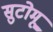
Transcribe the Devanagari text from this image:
सुटोमू